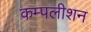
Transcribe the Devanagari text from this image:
कम्पलीशन